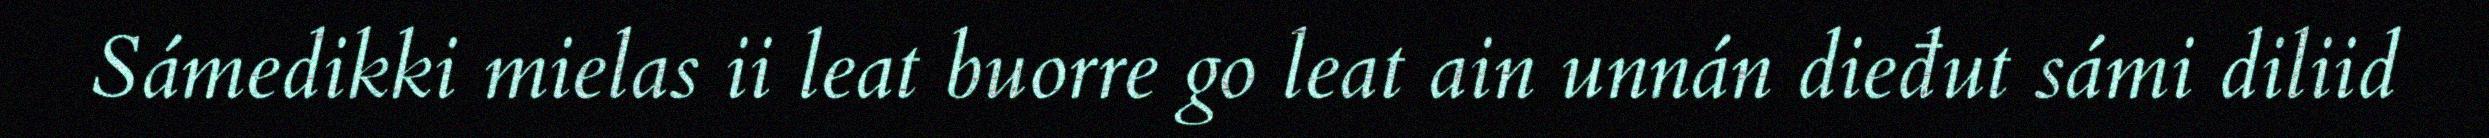
Sámedikki mielas ii leat buorre go leat ain unnán dieđut sámi diliid